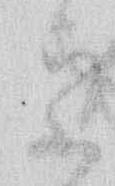
う